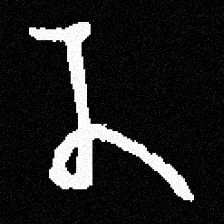
Pyu character \u2014 Myanmar letter: န (romanized: na)